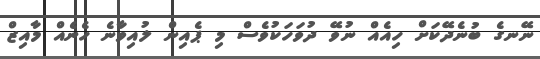
ނޭނގެ ބުނެދޭކަށް ހިއެއް ނުވޭ ދުވަހަކުވެސް މި ޕެއިން ލުއިވާނެ ހެނެއް މާއިޒް